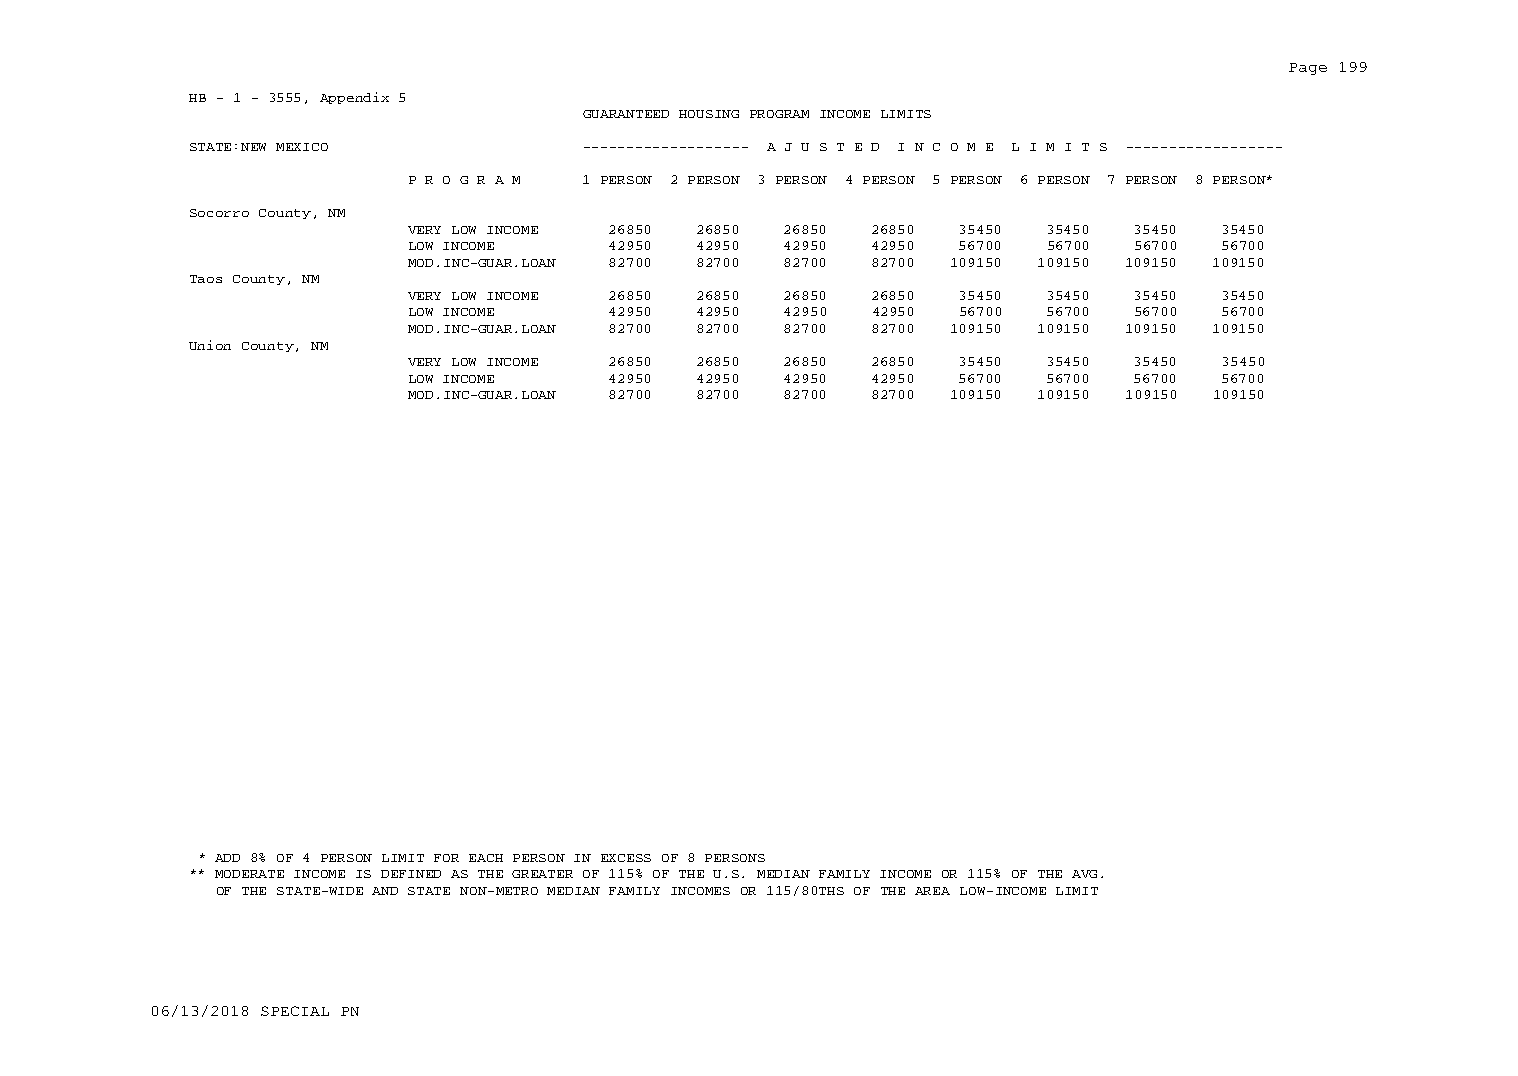
Page 199
 HB - 1 - 3555, Appendix 5
 GUARANTEED HOUSING PROGRAM INCOME LIMITS
 STATE:NEW MEXICO          ------------------- A J U S T E D I N C O M E L I M I T S ------------------
 P R O G R A M 1 PERSON 2 PERSON 3 PERSON 4 PERSON 5 PERSON 6 PERSON 7 PERSON 8 PERSON*
 Socorro County, NM
 VERY LOW INCOME 26850 26850 26850 26850 35450 35450 35450 35450
 LOW INCOME    42950 42950 42950 42950 56700 56700 56700 56700
 MOD.INC-GUAR.LOAN 82700 82700 82700 82700 109150 109150 109150 109150
 Taos County, NM
 VERY LOW INCOME 26850 26850 26850 26850 35450 35450 35450 35450
 LOW INCOME    42950 42950 42950 42950 56700 56700 56700 56700
 MOD.INC-GUAR.LOAN 82700 82700 82700 82700 109150 109150 109150 109150
 Union County, NM
 VERY LOW INCOME 26850 26850 26850 26850 35450 35450 35450 35450
 LOW INCOME    42950 42950 42950 42950 56700 56700 56700 56700
 MOD.INC-GUAR.LOAN 82700 82700 82700 82700 109150 109150 109150 109150
 * ADD 8% OF 4 PERSON LIMIT FOR EACH PERSON IN EXCESS OF 8 PERSONS
 ** MODERATE INCOME IS DEFINED AS THE GREATER OF 115% OF THE U.S. MEDIAN FAMILY INCOME OR 115% OF THE AVG.
 OF THE STATE-WIDE AND STATE NON-METRO MEDIAN FAMILY INCOMES OR 115/80THS OF THE AREA LOW-INCOME LIMIT
 06/13/2018 SPECIAL PN